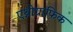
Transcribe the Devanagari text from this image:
एथ्नोग्राफिक